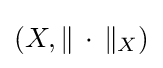
\left(X,\|\,\cdot \,\|_{X}\right)